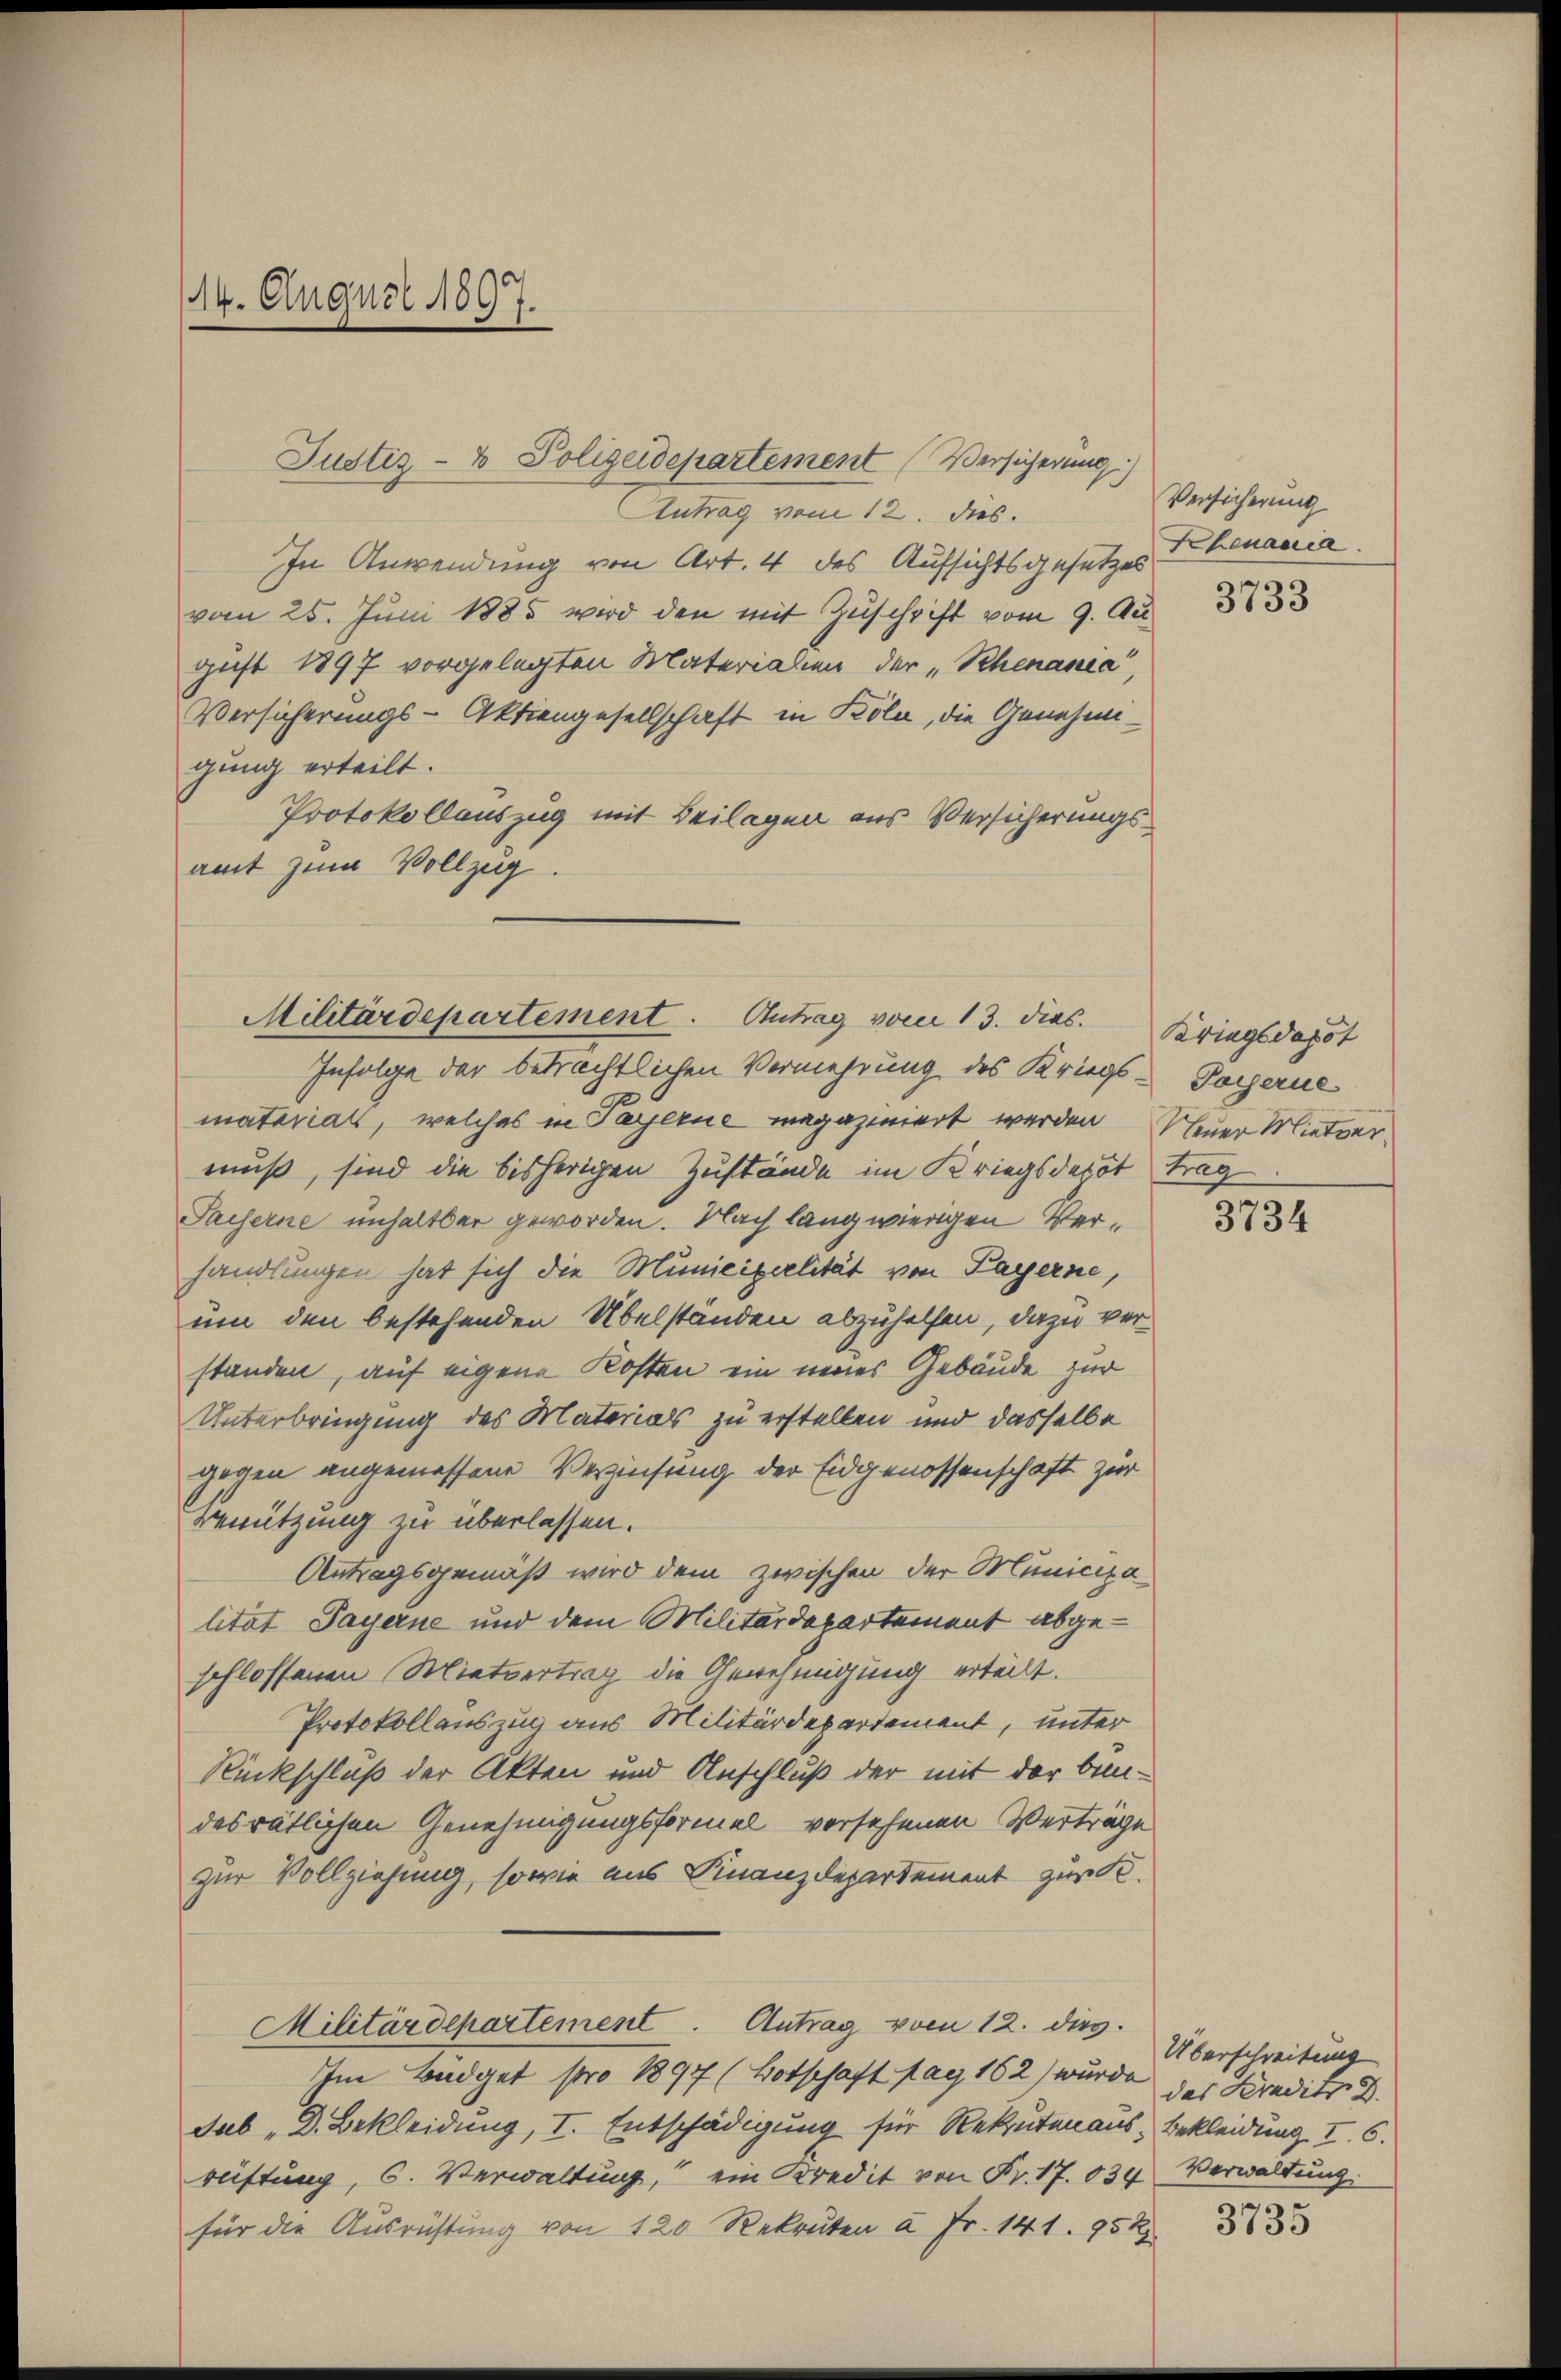
14. August 1897.

Justiz- & Polizeidepartement (Versicherung)

Antrag vom 12. ds.
In Anwendung von Art. 4 des Aufsichtsgesetzes
vom 25. Juni 1885 wird den mit Zuschrift vom 9. Au
gust 1897 vorgelegten Materialien der „Schenania,
Versicherungs-Aktiengesellschaft in Köln, die Genehmigung erteilt.
Protokollauszug mit Beilagen aus Versicherungsamt zum Vollzug.

Infolge der beträchtlichen Vermehrung des Kriegs-Pogerne
matariats, welches in Payerne magaziniert werden Neuer Mietvermuß, sind die bisherigen Zustände im Kriegsdepot trag
Saiserne unhaltbar geworden. Nach langwierigen Verhandlungen hat sich die Municiperlität von Payerne,
um den bestehenden Übelständen abzuhelfen, dazu verstanden, auf eigene Kosten ein neues Gebäude zur
Unterbringung des Materials zu erstellen und dasselbe
gegen angemessene Verzinsung der Eidgenossenschaft zur
Benützung zu überlassen.
Antragsgemäß wird dem zwischen der Municipa
lität Payerne und dem Militärdepartement abgeschlossenen Mietvertrag die Genehmigung erteilt.
Protokollauszug aus Militärdepartement, unter
Rückschluß der Akten und Anschluß der mit der bedesrätlichen Genehmigungsformel versehenen Verträge
zur Vollziehung, sowie aus Finanzdepartement zur K.
Militärdepartement               Antrag vom 12. dies
Im Budget pro 1897 (Botschaft pag. 162) wurde das Kredits d
Sub „D. Bekleidung, I. Entschädigung für Rekrutenaus, Bekleidung I. 6.
reiftung, C. Verwaltung, ein Kredit von Fr. 17. 634. Verwaltung.
für die Ausrüstung von 120 Rekruten à Fr. 141. 954

Militärdepartement. Antrag vom 13. dies Kriegsdapot

Versicherung
Khenania.

3733

3734

Überschreitung

3735